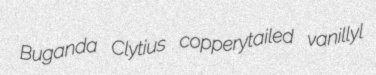
Buganda Clytius copperytailed vanillyl